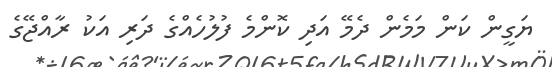
ޔަގީން ކަން މަމެން ދެމޭ އަދި ކޮންމެ ފުލުހެއްގެ ދަރި އަކު ރާއްޖޭގެ